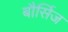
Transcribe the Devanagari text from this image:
बौर्सिज